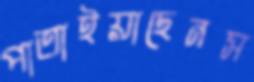
পাতাইয়াছেনস